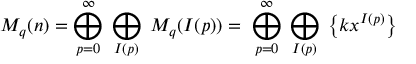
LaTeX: M _ { q } ( n ) = \bigoplus _ { p = 0 } ^ { \infty } \; \bigoplus _ { I ( p ) } \; M _ { q } ( I ( p ) ) = \; \bigoplus _ { p = 0 } ^ { \infty } \; \bigoplus _ { I ( p ) } \; \left\{ k x ^ { I ( p ) } \right\}